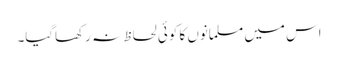
اس میں مسلمانوں کا کوئی لحاظ نہ رکھاگیا۔